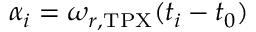
\alpha _ { i } = \omega _ { r , \mathrm { T P X } } ( t _ { i } - t _ { 0 } )